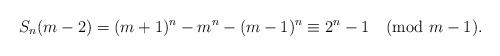
LaTeX: \begin{align*}S_n(m-2)=(m+1)^n-m^n-(m-1)^n \equiv 2^n-1 \pmod{m-1}.\end{align*}